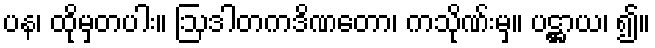
ပန၊ ထိုမှတပါး။ ဩဒါတကဒိဏတော၊ ကသိုဏ်းမှ။ ပဋ္ဌာယ၊ ၍။